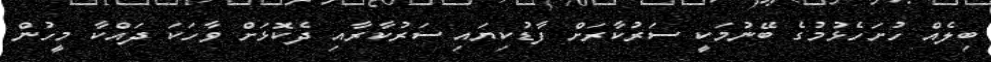
ބިލެއް ހުށަހެޅުމުގެ ބޭނުމަކީ ސަރުކާރަށް ފާޑުކިޔައި ސަރުކާރާއި ދެކޮޅަށް ވާހަކަ ދައްކާ މީހުން